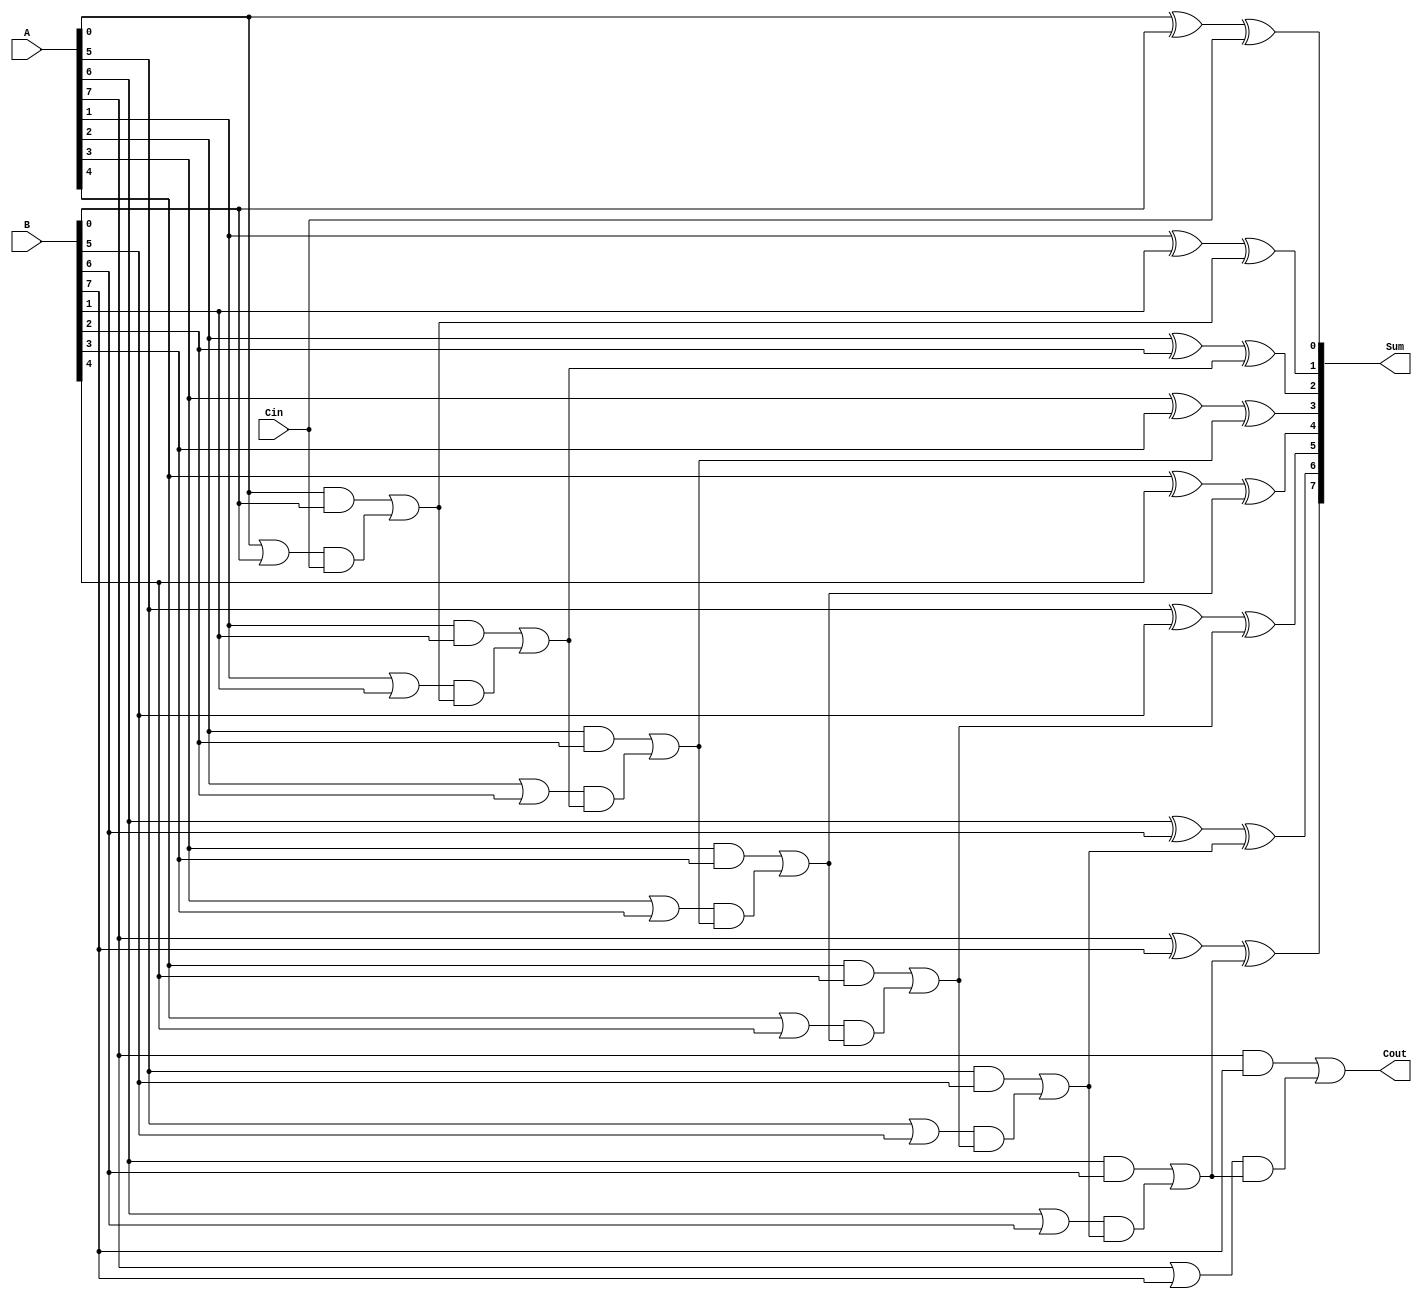
module manchester_carry_chain_adder #(
    parameter n = 8  // Parameter for bit-width (can be changed)
)(
    input  wire [n-1:0] A,     // n-bit input A
    input  wire [n-1:0] B,     // n-bit input B
    input  wire Cin,            // Carry-in
    output wire [n-1:0] Sum,    // n-bit Sum output
    output wire Cout            // Carry-out
);

    wire [n:0] C;              // Carry signals, C[n] is the final carry-out
    wire [n-1:0] G;            // Generate signals
    wire [n-1:0] P;            // Propagate signals

    // Generate and Propagate logic
    genvar i;
    generate
        for (i = 0; i < n; i = i + 1) begin : carry_logic
            assign G[i] = A[i] & B[i];  // Generate
            assign P[i] = A[i] | B[i];  // Propagate
        end
    endgenerate

    // Carry chain computation
    assign C[0] = Cin;  // Initial carry-in
    generate
        for (i = 0; i < n; i = i + 1) begin : carry_chain
            assign C[i + 1] = G[i] | (P[i] & C[i]); // Carry-out for each bit
        end
    endgenerate

    // Sum calculation
    generate
        for (i = 0; i < n; i = i + 1) begin : sum_logic
            assign Sum[i] = A[i] ^ B[i] ^ C[i]; // Sum calculation
        end
    endgenerate

    // Final Carry-out
    assign Cout = C[n]; // Final carry-out

endmodule